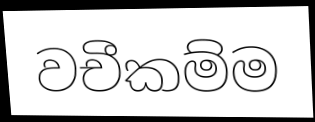
වචීකම්ම